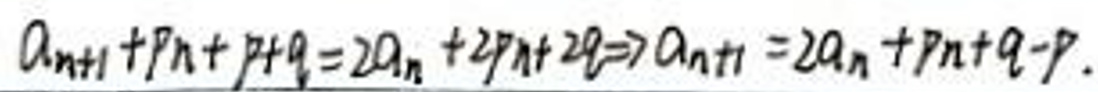
$a_{n+1}+pn+p+q=2a_{n}+2pn+2q \Rightarrow a_{n+1}=2a_{n}+pn+q-p.$